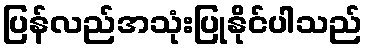
ပြန်လည်အသုံးပြုနိုင်ပါသည်